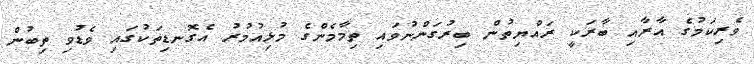
ވެރިކަމުގެ އާރާއި ބާރަކީ ރައްޔިތުން ބިރުގަންނުވައި ތިމާމެންގެ މުޅިއުމުރު އެގޮނޑިތަކުގައި ވެޑުވި ތިބުން